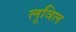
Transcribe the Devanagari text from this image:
लूविल